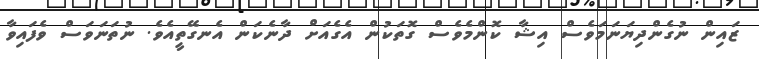
ޒައިން ނުގެންދިޔަނަމަވެސް އިޝާ ކޮންމެެވެސް ގޮތަކުން އެގެއަށް ދާނެކަން އެނގޭތީއެވެ. ނުތަނަވަސް ވެފައިވާ